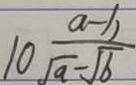
1 0 \frac { a - 1 1 } { \sqrt { q } - \sqrt { 6 } }